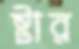
ষ্টার